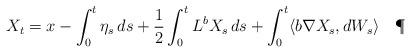
LaTeX: \begin{align*}X_{t}=x-\int_{0}^{t}\eta_{s}\,ds+\frac{1}{2}\int_{0}^{t}L^{b}X_{s}\,ds+\int_{0}^{t}\langle b\nabla X_{s},dW_{s}\rangle\quad\P\end{align*}